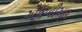
એલબીઆર